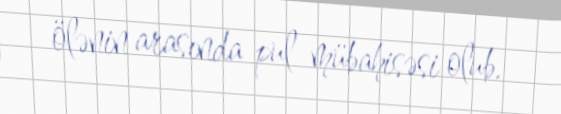
ölənin arasında pul mübahisəsi olub.